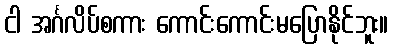
ငါ အင်္ဂလိပ်စကား ကောင်းကောင်းမပြောနိုင်ဘူး။